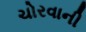
ચોરવાની